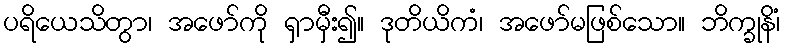
ပရိယေသိတွာ၊ အဖော်ကို ရှာမှီး၍။ ဒုတိယိကံ၊ အဖော်မဖြစ်သော။ ဘိက္ခုနိံ၊